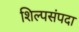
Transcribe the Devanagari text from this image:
शिल्पसंपदा